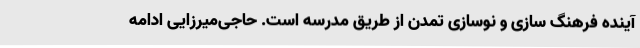
آینده فرهنگ سازی و نوسازی تمدن از طریق مدرسه است. حاجی‌میرزایی ادامه